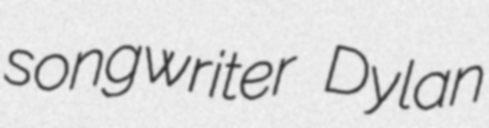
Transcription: songwriter Dylan